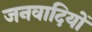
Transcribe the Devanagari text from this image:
जनवादियों